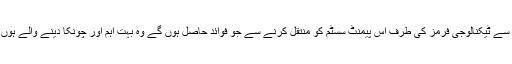
o بینکنگ سے ٹیکنالوجی فرمز کی طرف اس پیمنٹ سسٹم کو منتقل کرنے سے جو فوائد حاصل ہوں گے وہ بہت اہم اور چونکا دینے والے ہوں گے۔